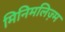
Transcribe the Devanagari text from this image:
मिनिमलिज़्म